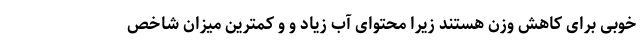
خوبی برای کاهش وزن هستند زیرا محتوای آب زیاد و و کمترین میزان شاخص